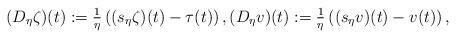
LaTeX: \begin{align*}(D_{\eta} \zeta)(t) := \tfrac{1}{\eta}\left((s_{\eta} \zeta)(t) -\tau(t)\right), (D_{\eta} v)(t) := \tfrac{1}{\eta}\left((s_{\eta} v)(t) -v(t)\right),\end{align*}